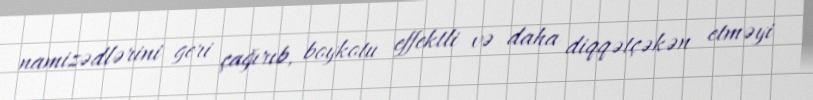
namizədlərini geri çağırıb, boykotu effektli və daha diqqətçəkən etməyi